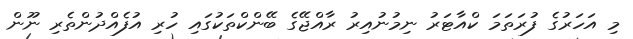
މި އަހަރުގެ ފުރަތަމަ ކްއާޓަރު ނިމުނުއިރު ރާއްޖޭގެ ބޭންކްތަކުގައި ހުރި އުފެއްދުންތެރި ނޫން